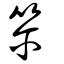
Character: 籋